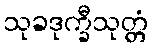
သုခဒုက္ခီသုတ္တံ